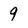
Character: 9